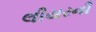
લીયરની